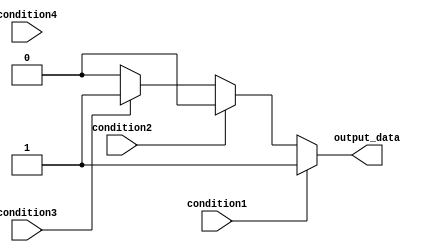
module if_else_ladder(
    input wire condition1,
    input wire condition2,
    input wire condition3,
    input wire condition4,
    output reg output_data
);

always @(*) begin
    if (condition1) begin
        output_data = 1;
    end
    else if (condition2) begin
        output_data = 2;
    end
    else if (condition3) begin
        output_data = 3;
    end
    else if (condition4) begin
        output_data = 4;
    end
    else begin
        output_data = 0;
    end
end

endmodule